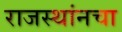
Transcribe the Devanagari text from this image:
राजस्थांनचा